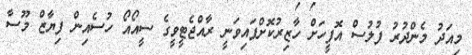
މިއަދު މެންދުރު ފުލުސް އޮފީހަށް ހާޒިރުކޮށްފައިވަނީ ރާއްޖެޓީވީގެ ސީއޯއޯ ހުސެއިން ފިޔާޒް މޫސާ